Kassari_(Keina)_vallavalitsus, lk 11
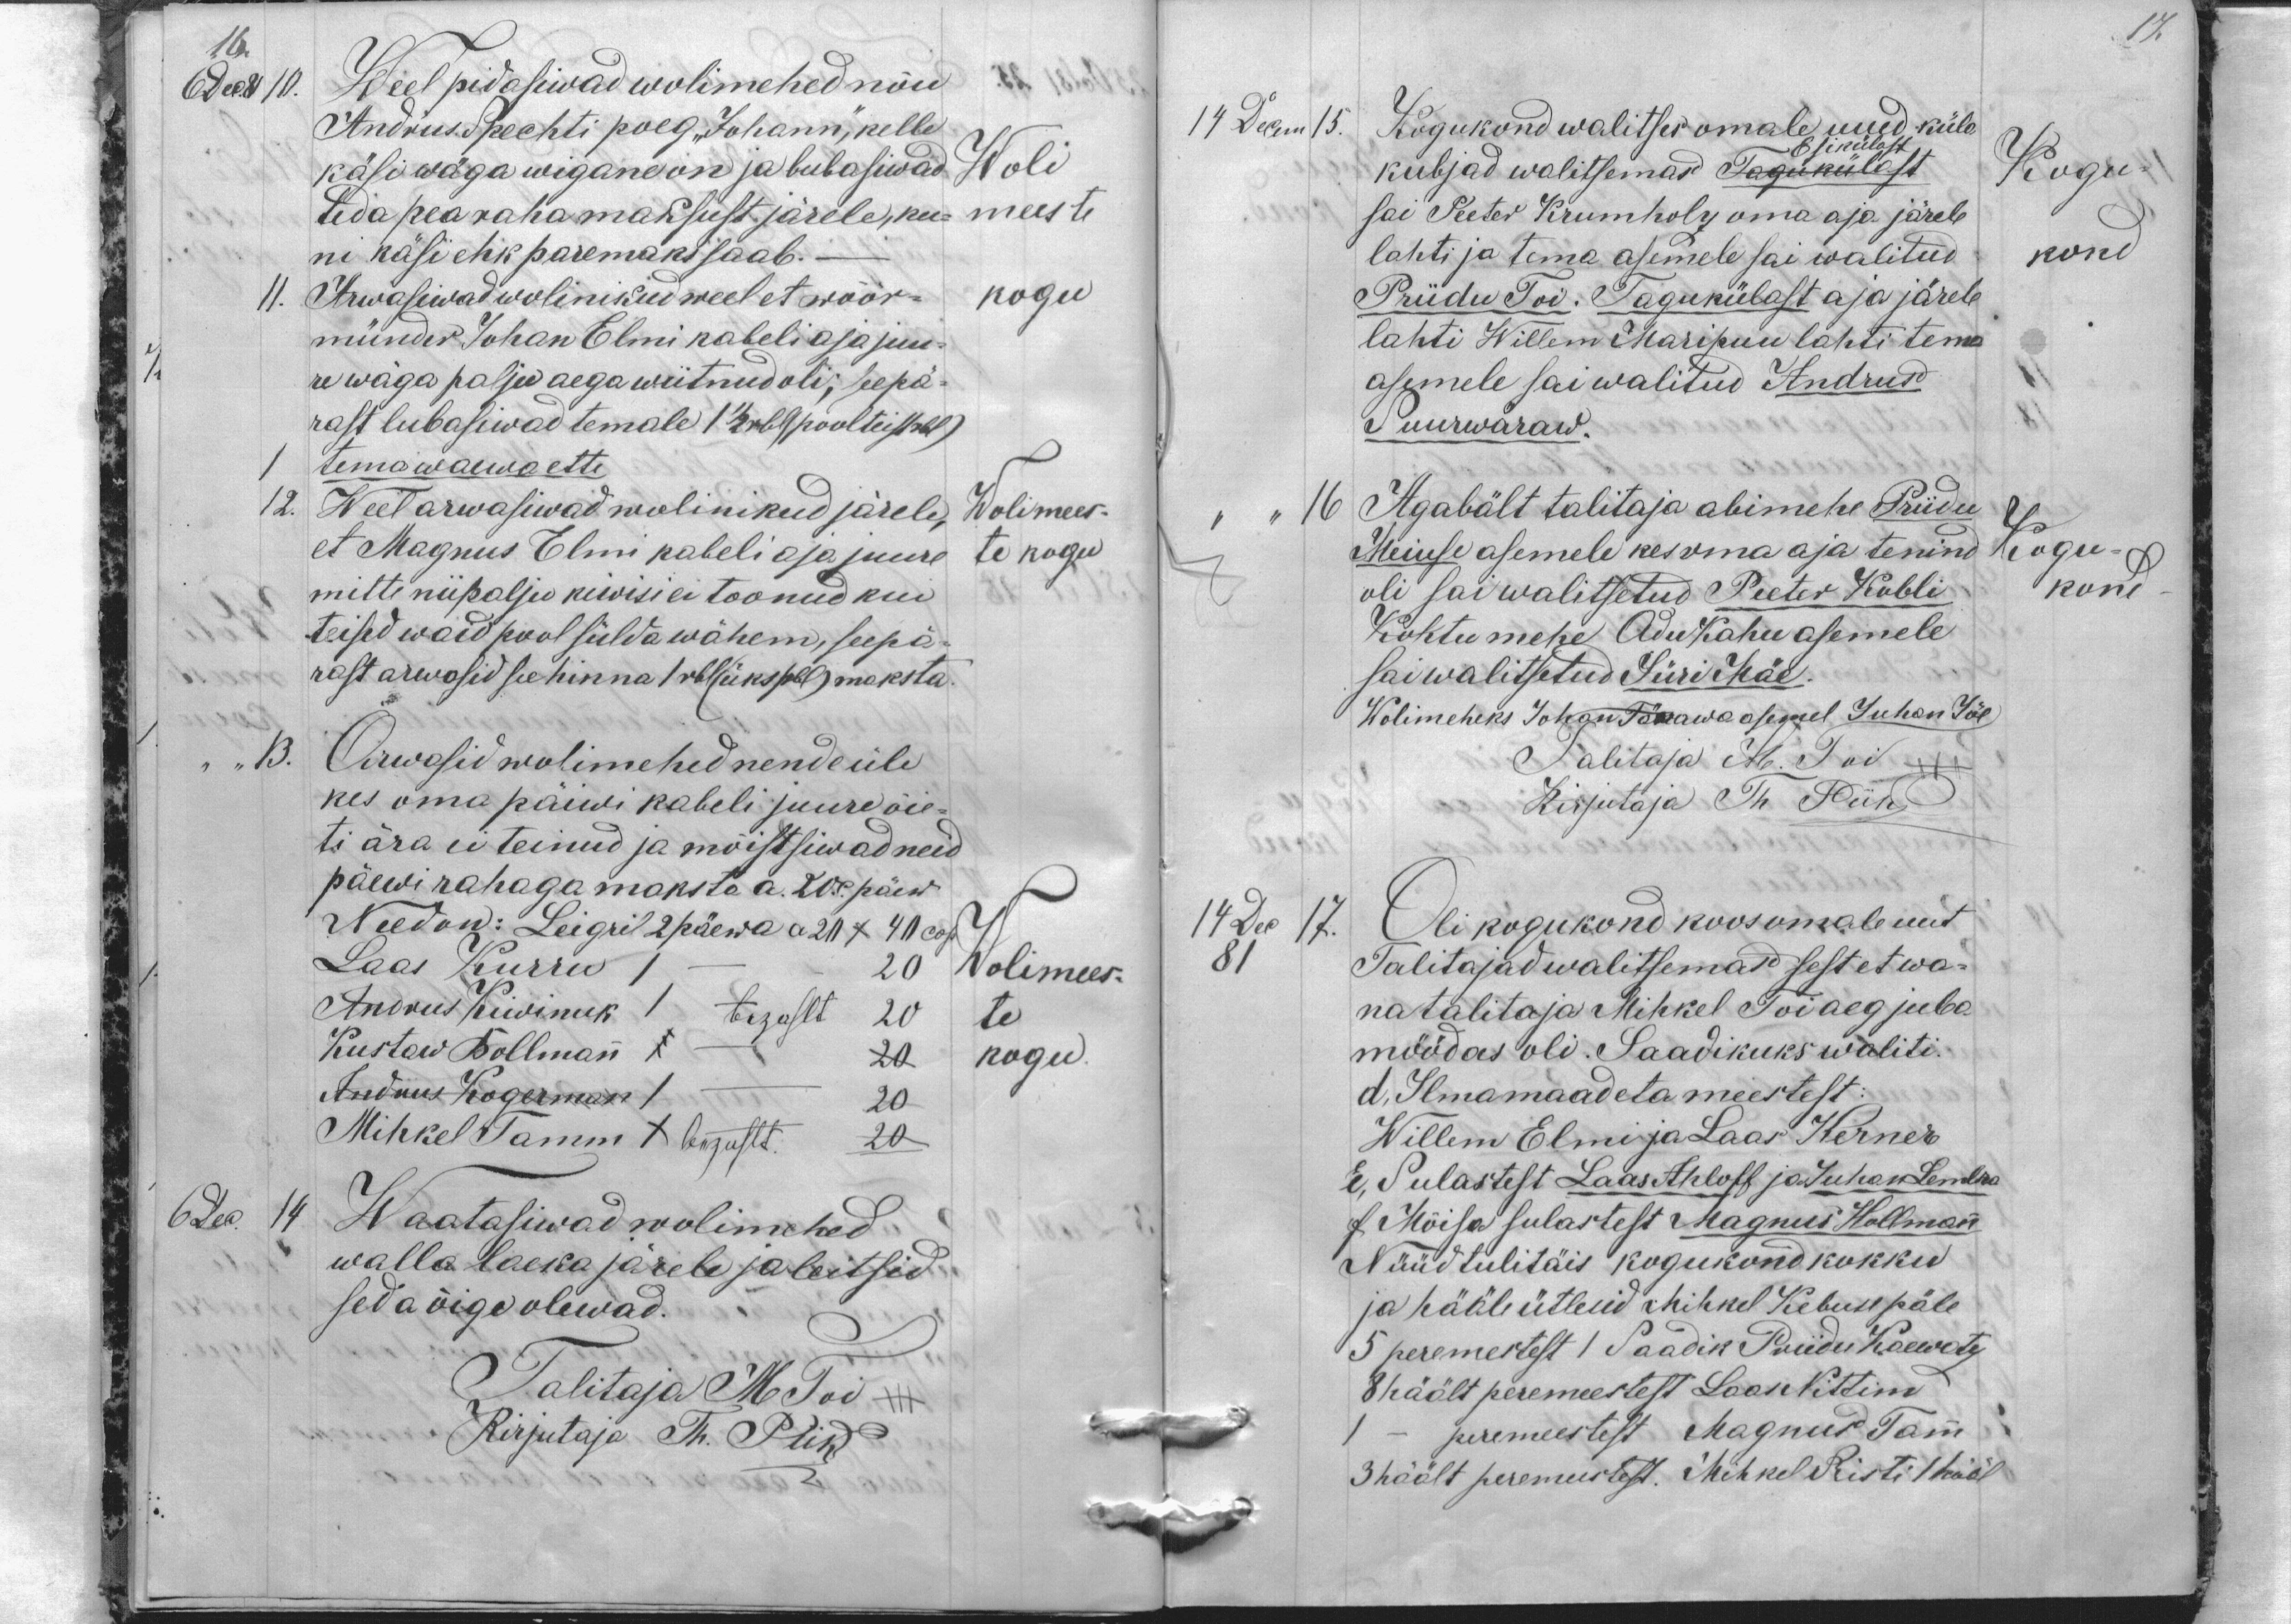
17.

16.
6 Dec 81 10.
Weel pidasiwad wolimehed nõu
Andrus. Spechti poeg "Johann", kelle
käsi wäga wigane on ja lubasiwad
Woli
teda pea raha maksust järele, ku-
meeste
ni käsi ehk paremaks saab.
11.
Arwasiwad wolinikud weel et wöör-
kogu
münder Johan Elmi kabeli aja juu-
re wäga palju aega wiitnud oli, seepä-
rast lubasiwad temale 1 1/2 rbl (poolteist rbl)
tema waewa ette
12. Weel arwasiwad wolinikud järele,
Wolimees-
et Magnus Elmi kabeli aja juure
mitte niipalju kiwisi ei toonud kui
te kogud
teised waid pool sülda wähem, seepä-
rast arwasid see hinna 1 rbl (üks )rbl) maksta.
"13.
Arwasid wolimehed nende üle
kes oma päiwi kabeli juurd õie-
ti ära ei teinud ja mõistsiwad neid
päewi rahaga maksta a. 20 c. päew.
Need on: Leigril 2 päewa a 20 x 40 cop.
Laas Kurru 1 - 20
Wolimees-
Andrus Kiwinuk 1 bezahlt 20
te
Kustaw Bollmann 1 - 20
kogu.
Andrus Kogerman 1 - 20
Mihkel Tamm X bezahlt 20
6. Dec
14
Waatasiwad wolimehed
walla laeka järele ja leitsid
seda õige olewad.
Talitaja M Toi +++
Kirjutaja Th. Piik

14 Decem 15.
Kogukond walitses omale uued küla
Esikülast
kubjad walitsemas Tagukülast
Kogu-
sai Peeter Krumholz oma aja järele
lahti ja tema asemele sai walitud
kond
Priidu Toi. Tagukülast aja järele
lahti Willem Maripuu lahti tema
asemele sai walitud Andrus
Suurwäraw.
16 Agabält talitaja abimehe Priidu ja
Meiuse asemele kes oma aja tenind
Kogu-
oli sai walitsetud Peeter Kubli
kond
Kohtumehe Adu Kahu asemele
sai walitsetud Jüri Mäe
Wolimeheks Johan Tänawa asemel Juhan Jõe
Talitaja M. Toi +++
Kirjutaja Th Piik
14 Dec 17.
Oli kogukond koos omale uut
81
Talitajad walitsemas sest et wa-
na talitaja Mihkel Toi aeg juba
möödas oli. Saadikuks waliti.
d, Ilmamaadeta meestest:
Willem Elmi ja Laas Kerner
E, Sulastest Laas Ahloff ja Juhan Lembra
f Mõisa sulastest Magnus Hollmann
Nüüd tuli täis kogukond kokku
ja hääle ütlesid Mihkel Kebuse päle
5 peremestest 1 Saadik Priidu Kaewatz
8 häält peremeestest Jaan Nittim
1 - peremeestest Magnus Tamm
3 häält peremeestest. Mihkel Risti 1 hääl